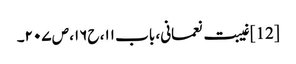
[12] غیبت نعمانی، باب ۱۱، ح۱۶، ص ۲۰۷۔